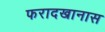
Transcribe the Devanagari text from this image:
फरादखानास